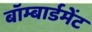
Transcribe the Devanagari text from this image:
बॉम्बार्डमेंट